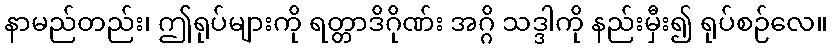
နာမည်တည်း၊ ဤရုပ်များကို ရတ္တာဒိဂိုဏ်း အဂ္ဂိ သဒ္ဒါကို နည်းမှီး၍ ရုပ်စဉ်လေ။